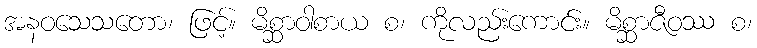
အနဝသေသတော၊ ဖြင့်။ မိစ္ဆာဝါစာယ စ၊ ကိုလည်းကောင်း။ မိစ္ဆာဇီဝဿ စ၊